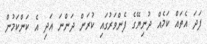
ފަދަ އެތައް ކަމެއް ދުނިޔޭގެ ފެންވަރުގައި ކުރަން ދަންނަ އަދި އެ ކަންކަމުން